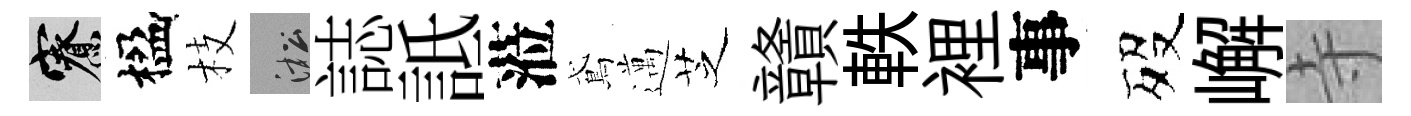
寮楹枝淞誌詆蒞鳶邁芝贛軼裡事歿嶰寺